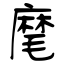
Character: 麾